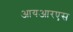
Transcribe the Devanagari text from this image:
आयआरएस